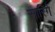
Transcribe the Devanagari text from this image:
सारिगे